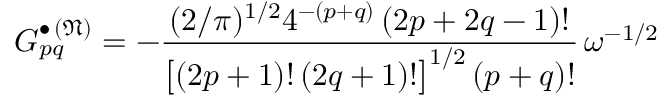
G _ { p q } ^ { \bullet \, ( \mathfrak { N } ) } = - \frac { ( 2 / \pi ) ^ { 1 / 2 } 4 ^ { - ( p + q ) } \, ( 2 p + 2 q - 1 ) ! } { \bigl [ ( 2 p + 1 ) ! \, ( 2 q + 1 ) ! \bigr ] ^ { 1 / 2 } \, ( p + q ) ! } \, \omega ^ { - 1 / 2 }